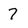
Character: 7